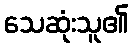
သေဆုံးသူ၏